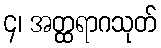
၄၊ အတ္ထရာဂသုတ်